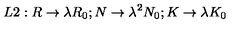
L 2 : R \rightarrow \lambda R _ { 0 } ; N \rightarrow \lambda ^ { 2 } N _ { 0 } ; K \rightarrow \lambda K _ { 0 }